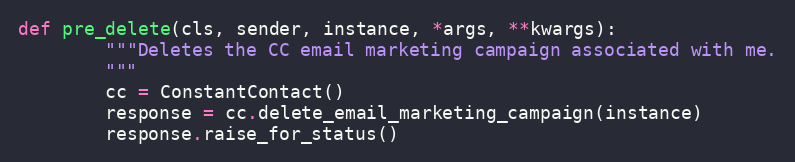
Language: Python
def pre_delete(cls, sender, instance, *args, **kwargs):
        """Deletes the CC email marketing campaign associated with me.
        """
        cc = ConstantContact()
        response = cc.delete_email_marketing_campaign(instance)
        response.raise_for_status()